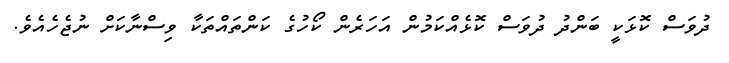
ދުވަސް ކޮޅަކީ ބަންދު ދުވަސް ކޮޅެއްކަމުން އަހަރެން ކޯހުގެ ކަންތައްތަކާ ވިސްނާކަށް ނުޖެހެއެވެ.